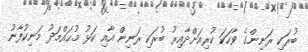
ބުރަކި ރަނިންގެ ވާހަކަ ކުރިއަށްދާއިރު ބުރަކި ރަނިން އާއި ކަޅު މުޙައްމަދު މަނިކުފާނު